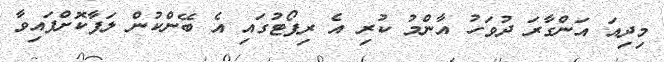
މިދިއަ އަންގާރަ ދުވަހު އާންމު ކުރި އެ ރިޕޯޓުގައި އެ ބޭންކުން ލަފާކޮށްފައިވާ